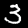
Label: 3